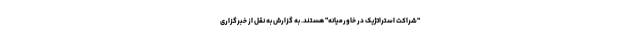
"شراکت استراتژیک در خاورمیانه" هستند. به گزارش به نقل از خبرگزاری